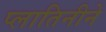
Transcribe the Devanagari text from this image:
प्लातिनीने